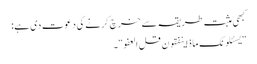
کبھی مثبت طریقہ سے خرچ کرنے کی دعوت دی ہے:
”یسئلونک ماذا ینفقون قل العفو“۔